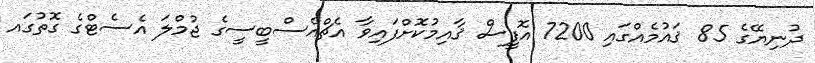
ދުނިޔޭގެ 85 ޤައުމެއްގައި 7200 އޮފީސް ޤާއިމުކޮށްފައިވާ އެޗްއެސްބީސީގެ ޖުމްލަ އެސެޓްގެ ގޮތުގައ